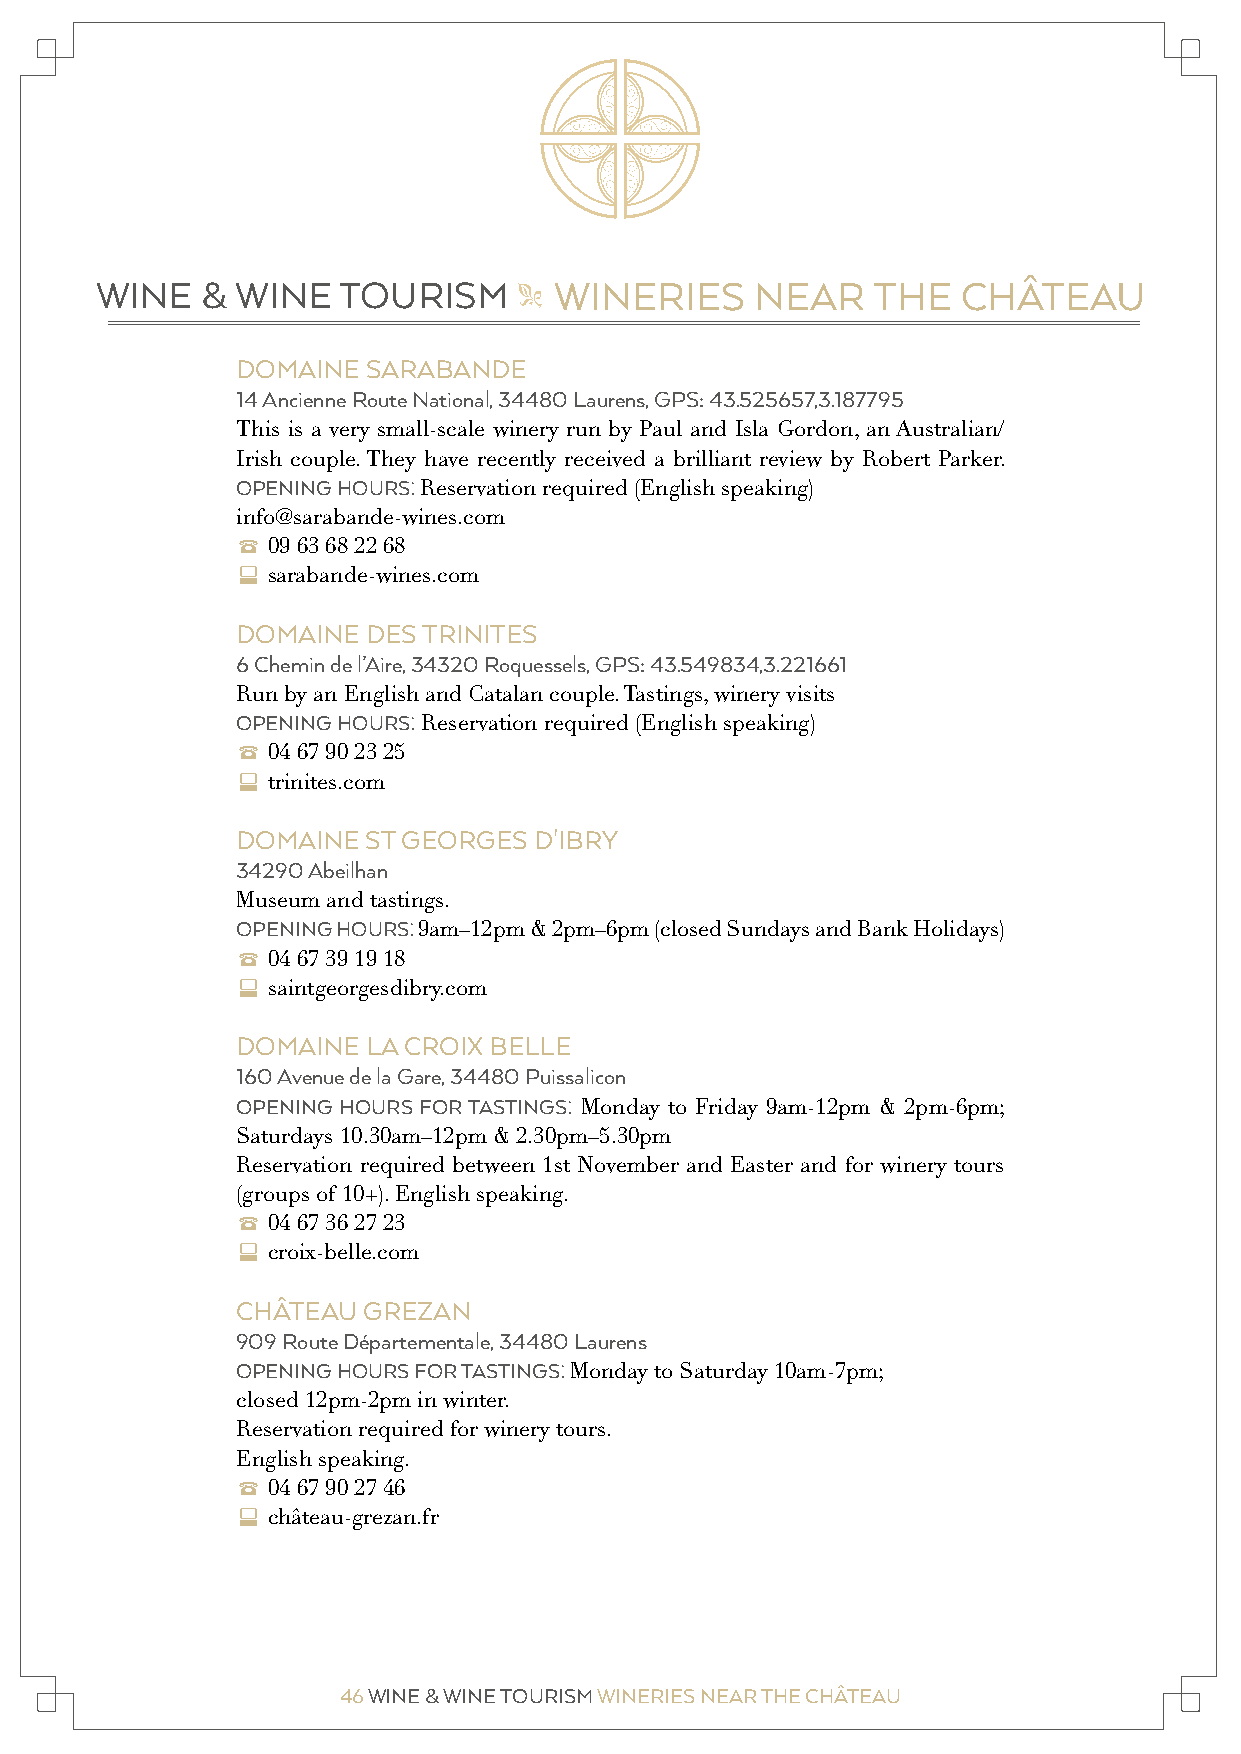
WINE   &  WINE  TOURISM        WINERIES     NEAR    THE   CHÂTEAU
 "
 DOMAINE SARABANDE
 14 Ancienne Route National, 34480 Laurens, GPS: 43.525657,3.187795
 This is a very small-scale winery run by Paul and Isla Gordon, an Australian/
 Irish couple. They have recently received a brilliant review by Robert Parker.
 OPENING HOURS: Reservation required (English speaking)
 info@sarabande-wines.com
 2 09 63 68 22 68
 c sarabande-wines.com
 DOMAINE DES TRINITES
 6 Chemin de l’Aire, 34320 Roquessels, GPS: 43.549834,3.221661
 Run by an English and Catalan couple. Tastings, winery visits
 OPENING HOURS: Reservation required (English speaking)
 2 04 67 90 23 25
 c trinites.com
 DOMAINE ST GEORGES D'IBRY
 34290 Abeilhan
 Museum and tastings.
 OPENING HOURS: 9am–12pm & 2pm–6pm (closed Sundays and Bank Holidays)
 2 04 67 39 19 18
 c saintgeorgesdibry.com
 DOMAINE LA CROIX BELLE
 160 Avenue de la Gare, 34480 Puissalicon
 OPENING HOURS FOR TASTINGS: Monday to Friday 9am-12pm & 2pm-6pm;
 Saturdays 10.30am–12pm & 2.30pm–5.30pm
 Reservation required between 1st November and Easter and for winery tours
 (groups of 10+). English speaking.
 2 04 67 36 27 23
 c croix-belle.com
 CHÂTEAU GREZAN
 909 Route Départementale, 34480 Laurens
 OPENING HOURS FOR TASTINGS: Monday to Saturday 10am-7pm;
 closed 12pm-2pm in winter.
 Reservation required for winery tours.
 English speaking.
 2 04 67 90 27 46
 c château-grezan.fr
 46 WINE & WINE TOURISM WINERIES NEAR THE CHÂTEAU